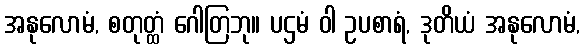
အနုလောမံ, စတုတ္ထံ ဂေါတြဘု။ ပဌမံ ဝါ ဥပစာရံ, ဒုတိယံ အနုလောမံ,